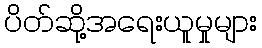
ပိတ်ဆို့အရေးယူမှုများ